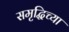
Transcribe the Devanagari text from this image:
समृद्धिच्या